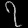
Digit: ၇